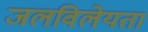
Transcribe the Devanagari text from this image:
जलविलेयता